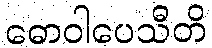
ဓောဝါပေသီတိ